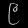
Digit: ၉